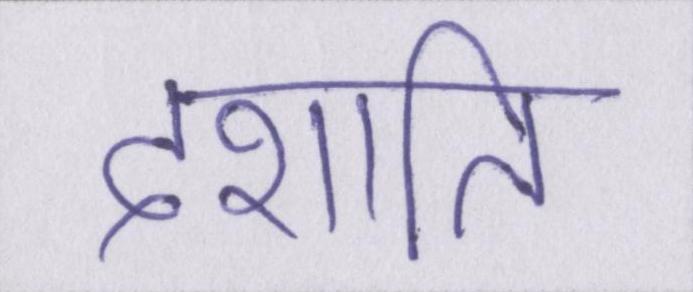
दर्शाते